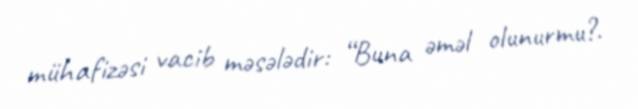
mühafizəsi vacib məsələdir: “Buna əməl olunurmu?.